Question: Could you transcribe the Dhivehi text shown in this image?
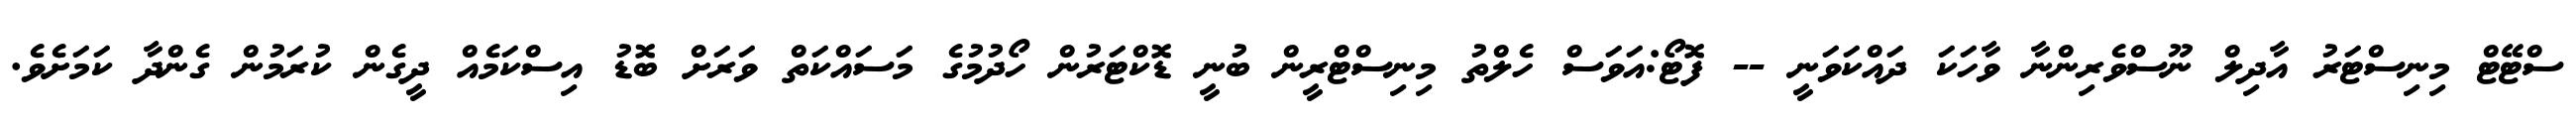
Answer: ސްޓޭޓް މިނިސްޓަރު އާދިލް ނޫސްވެރިންނާ ވާހަކަ ދައްކަވަނީ -- ފޮޓޯ:އަވަސް ހެލްތު މިނިސްޓްރީން ބުނީ ޑޮކްޓަރުން ހޯދުމުގެ މަސައްކަތް ވަރަށް ބޮޑު އިސްކަމެއް ދީގެން ކުރަމުން ގެންދާ ކަމަށެވެ.